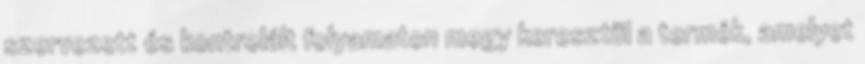
szervezett és kontrolált folyamaton megy keresztül a termék, amelyet